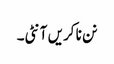
نن نا کریں آنٹی۔